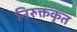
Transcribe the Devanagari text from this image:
निरुक्तकृत